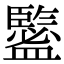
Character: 𥃉